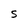
Character: S